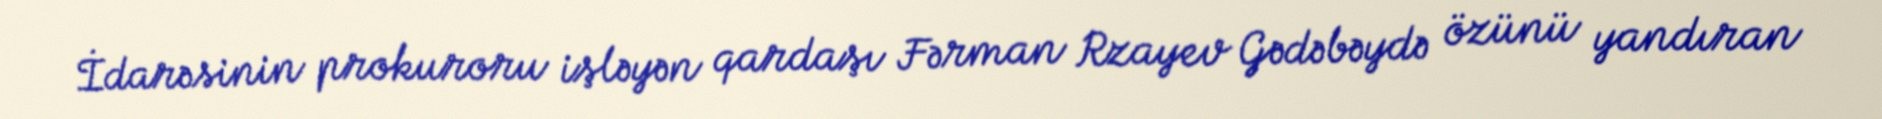
İdarəsinin prokuroru işləyən qardaşı Fərman Rzayev Gədəbəydə özünü yandıran